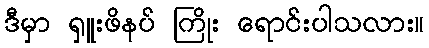
ဒီမှာ ရှူးဖိနပ် ကြိုး ရောင်းပါသလား။